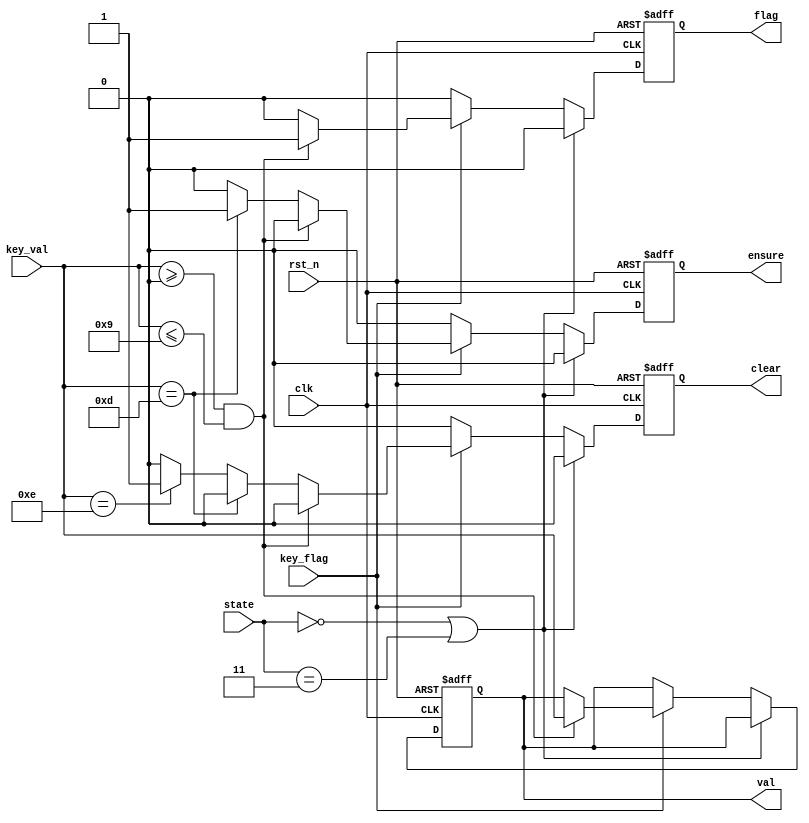
`timescale 1ns / 1ps
//////////////////////////////////////////////////////////////////////////////////
// Company: 
// Engineer: 
// 
// Design Name: 
// Module Name: PreKey
// Project Name: 
// Target Devices: 
// Tool Versions: 
// Description: 
// 
// Dependencies: 
// 
// Revision:
// Revision 0.01 - File Created
// Additional Comments:
// 
//////////////////////////////////////////////////////////////////////////////////


module PreKey(
    input wire [1:0] state,
    input wire       clk,
    input wire       rst_n,
    input wire       key_flag,
    input wire [3:0] key_val , 
    output reg [3:0] val = 4'b0,
    output reg       flag = 1'b0,
    output reg       clear = 1'b0,
    output reg       ensure = 1'b0
);

parameter INITIAL = 0, ZERO = 1, COIN = 2, COUNTDOWN = 3;
    
always @( posedge clk,  negedge rst_n   )
    begin
        if(!rst_n)
            begin
                val = 4'b0;
                clear = 1'b0;
                ensure = 1'b0;
                flag = 1'b0;
            end
        else if(state==0 || state==3 )
            begin
                clear = 1'b0;
                ensure = 1'b0;
                flag = 1'b0;
             end
        else if(!key_flag)
             begin
                 //val = key_val;
                 clear = 1'b0;
                 ensure = 1'b0;
                 flag = 1'b0;
             end
        else if( key_val>=0 && key_val<=9 )
            begin
                val = key_val;
                clear = 1'b0;
                ensure = 1'b0;
                flag = 1'b1;
            end
        else if( key_val == 4'hd )  //
            begin                
                clear = 1'b0;
                ensure = 1'b1;
                flag = 1'b0;
            end   
         else if( key_val == 4'he )  //
            begin                
                clear = 1'b1;
                ensure = 1'b0;
                flag = 1'b0;
            end      
         else
            begin
                 clear = 1'b0;
                 ensure = 1'b0;
                 flag = 1'b0;
            end          
    end
    
endmodule